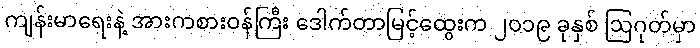
ကျန်းမာရေးနဲ့ အားကစားဝန်ကြီး ဒေါက်တာမြင့်ထွေးက ၂၀၁၉ ခုနှစ် ဩဂုတ်မှာ